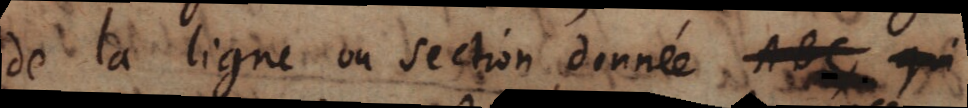
de la ligne ou section donnée ABC qui